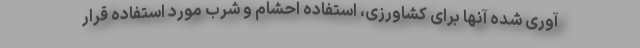
آوری شده آنها برای کشاورزی، استفاده احشام و شرب مورد استفاده قرار